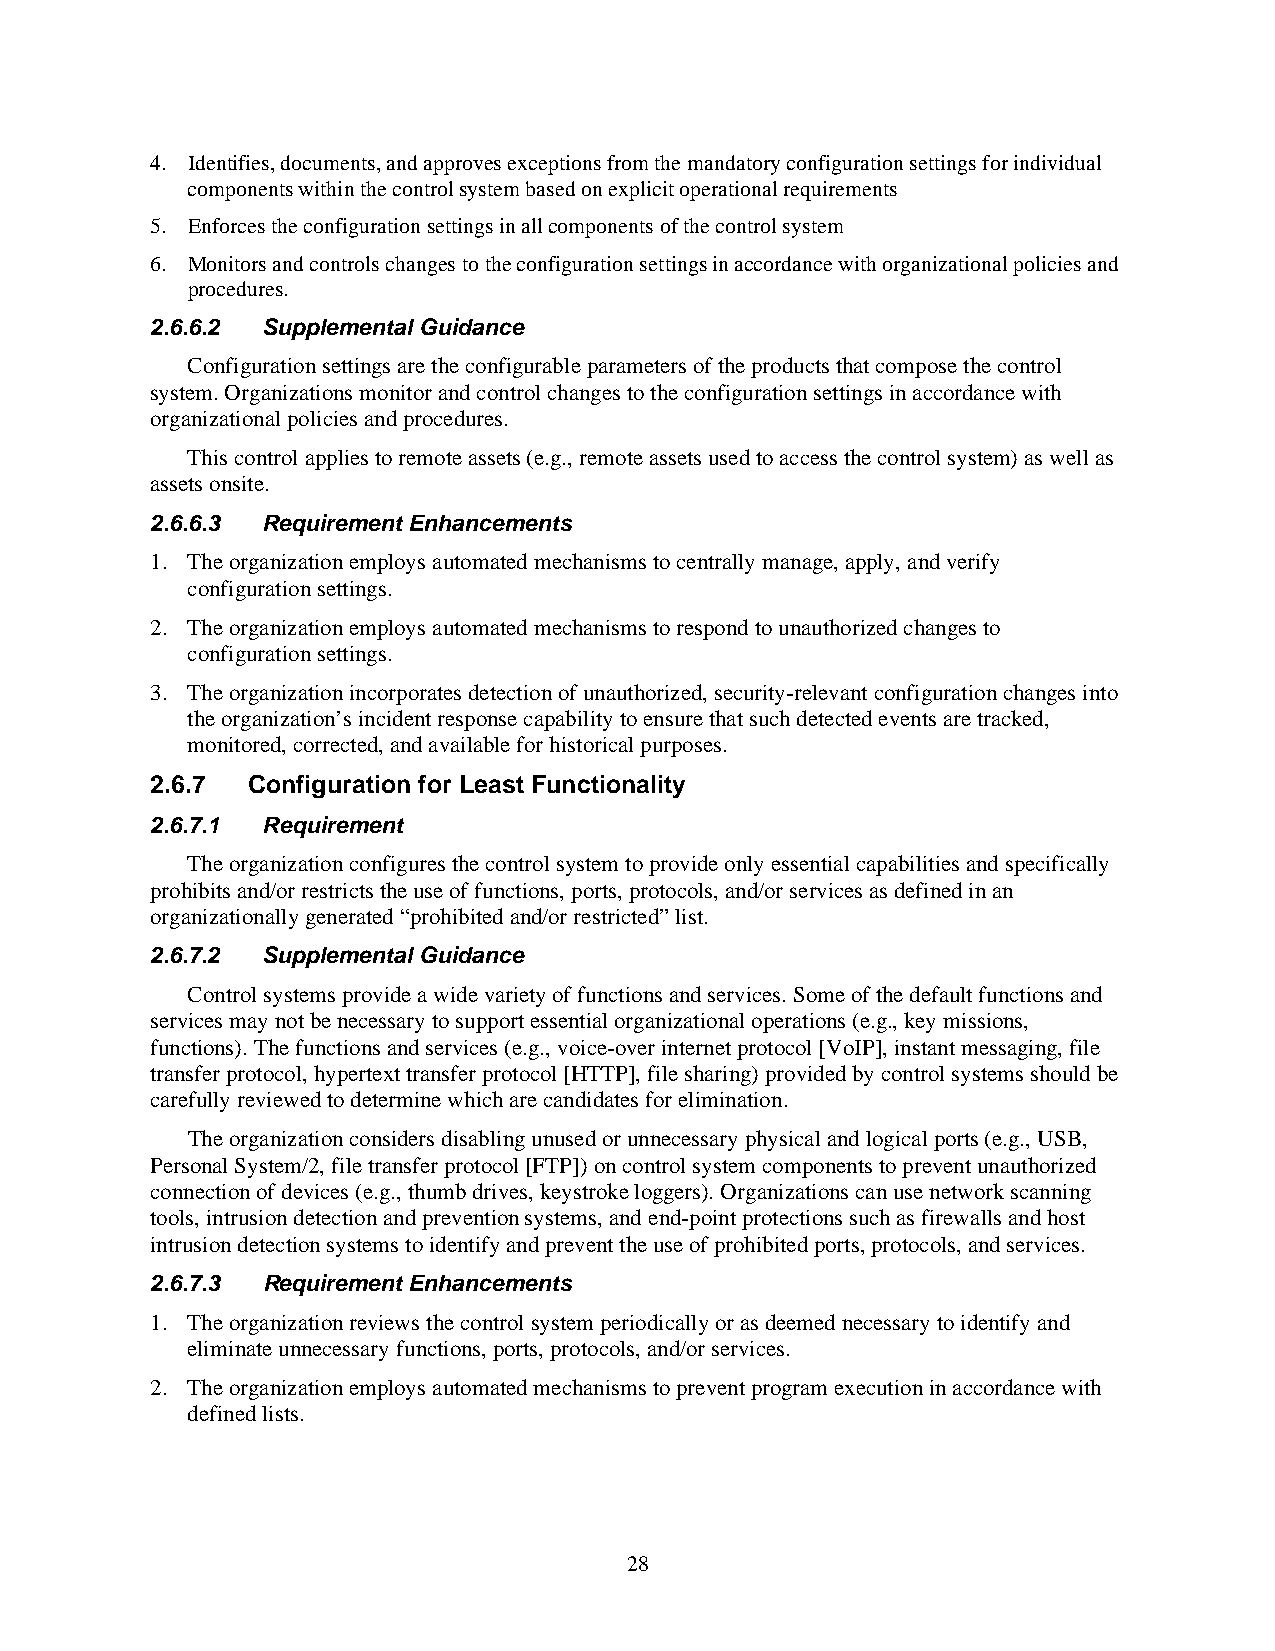
4. Identifies, documents, and approves exceptions from the mandatory configuration settings for individual
 components within the control system based on explicit operational requirements
 5. Enforces the configuration settings in all components of the control system
 6. Monitors and controls changes to the configuration settings in accordance with organizational policies and
 procedures.
 2.6.6.2 Supplemental Guidance
 Configuration settings are the configurable parameters of the products that compose the control
 system. Organizations monitor and control changes to the configuration settings in accordance with
 organizational policies and procedures.
 This control applies to remote assets (e.g., remote assets used to access the control system) as well as
 assets onsite.
 2.6.6.3 Requirement Enhancements
 1. The organization employs automated mechanisms to centrally manage, apply, and verify
 configuration settings.
 2. The organization employs automated mechanisms to respond to unauthorized changes to
 configuration settings.
 3. The organization incorporates detection of unauthorized, security-relevant configuration changes into
 the organization’s incident response capability to ensure that such detected events are tracked,
 monitored, corrected, and available for historical purposes.
 2.6.7 Configuration for Least Functionality
 2.6.7.1 Requirement
 The organization configures the control system to provide only essential capabilities and specifically
 prohibits and/or restricts the use of functions, ports, protocols, and/or services as defined in an
 organizationally generated “prohibited and/or restricted” list.
 2.6.7.2 Supplemental Guidance
 Control systems provide a wide variety of functions and services. Some of the default functions and
 services may not be necessary to support essential organizational operations (e.g., key missions,
 functions). The functions and services (e.g., voice-over internet protocol [VoIP], instant messaging, file
 transfer protocol, hypertext transfer protocol [HTTP], file sharing) provided by control systems should be
 carefully reviewed to determine which are candidates for elimination.
 The organization considers disabling unused or unnecessary physical and logical ports (e.g., USB,
 Personal System/2, file transfer protocol [FTP]) on control system components to prevent unauthorized
 connection of devices (e.g., thumb drives, keystroke loggers). Organizations can use network scanning
 tools, intrusion detection and prevention systems, and end-point protections such as firewalls and host
 intrusion detection systems to identify and prevent the use of prohibited ports, protocols, and services.
 2.6.7.3 Requirement Enhancements
 1. The organization reviews the control system periodically or as deemed necessary to identify and
 eliminate unnecessary functions, ports, protocols, and/or services.
 2. The organization employs automated mechanisms to prevent program execution in accordance with
 defined lists.
 28